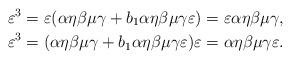
LaTeX: \begin{align*} \varepsilon^3 &= \varepsilon (\alpha\eta\beta\mu\gamma + b_1 \alpha\eta\beta\mu\gamma \varepsilon) = \varepsilon \alpha\eta\beta\mu\gamma , \\ \varepsilon^3 &= (\alpha\eta\beta\mu\gamma + b_1 \alpha\eta\beta\mu\gamma \varepsilon) \varepsilon = \alpha\eta\beta\mu\gamma \varepsilon .\end{align*}